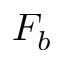
F _ { b }